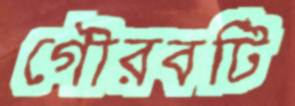
গৌরবটি